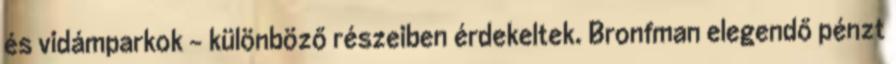
és vidámparkok – különböző részeiben érdekeltek. Bronfman elegendő pénzt